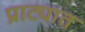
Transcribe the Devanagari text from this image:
प्राट्यात